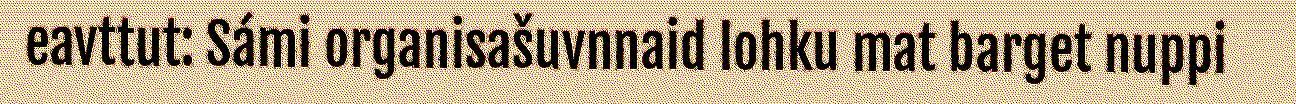
eavttut: Sámi organisašuvnnaid lohku mat barget nuppi